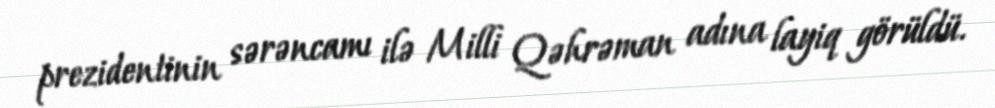
prezidentinin sərəncamı ilə Milli Qəhrəman adına layiq görüldü.